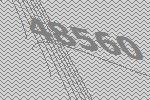
48560